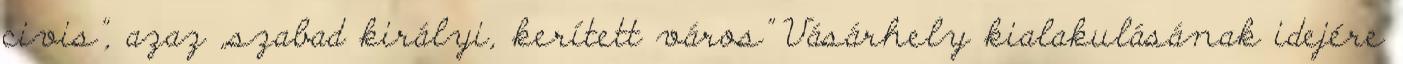
civis”, azaz „szabad királyi, kerített város” Vásárhely kialakulásának idejére